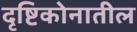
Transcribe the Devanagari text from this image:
दृष्टिकोनातील